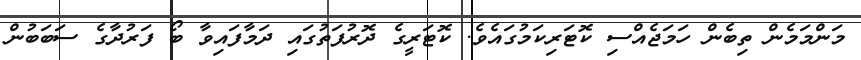
މަންމަމެން ތިބެން ހަމަޖެއްސި ކޮޓަރިކަމުގައެވެ. ކޮޓަރީގެ ދޮރުފަތުގައި ދަމާފައިވާ ބޯ ފަރުދާގެ ސަބަބުން